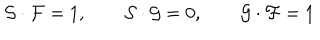
{ \cal { S } } \cdot { \cal { F } } = 1 , \qquad { \cal { S } } \cdot { \cal { G } } = 0 , \qquad { \cal { G } } \cdot { \cal { F } } = 1